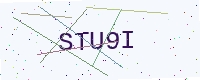
Text: STU9I